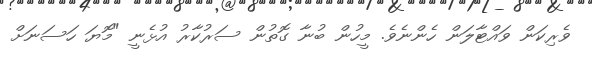
ވެރިކަން ވައްޓާލަން ހެންނެވެ. މީހުން ބުނާ ގޮތުން ސަރުކާރު އުޅެނީ "މޮޔަ ހަސަނަށް